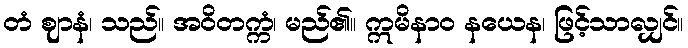
တံ ဈာနံ၊ သည်။ အဝိတက္ကံ၊ မည်၏။ ဣမိနာဝ နယေန၊ ဖြင့်သာလျှင်။